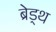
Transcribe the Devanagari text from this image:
ब्रेड्थ